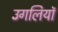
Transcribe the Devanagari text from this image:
उॅगलियाॅ